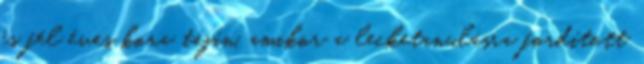
és fél éves kora táján, amikor a lecketanulásra fordított